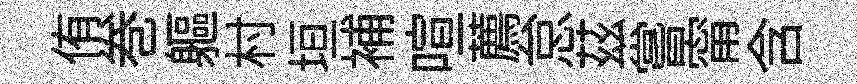
侑巻軀村垣補喧薦怠茲嘗甯含